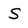
Character: S